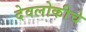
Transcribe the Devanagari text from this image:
देवलोकीचे